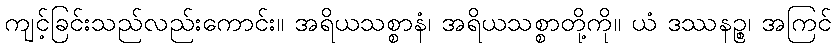
ကျင့်ခြင်းသည်လည်းကောင်း။ အရိယသစ္စာနံ၊ အရိယသစ္စာတို့ကို။ ယံ ဒဿနဉ္စ၊ အကြင်